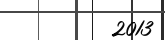
2013